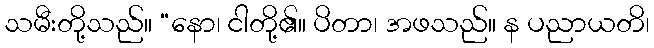
သမီးတို့သည်။ “နော၊ ငါတို့၏။ ပိတာ၊ အဖသည်။ န ပညာယတိ၊